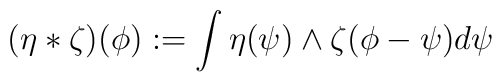
(\eta * \zeta)(\phi) := \int \eta (\psi) \wedge \zeta (\phi - \psi)d \psi